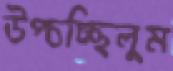
উপ্‌চচ্ছিলুম